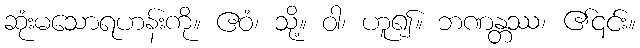
ဆုံးမသောရဟန်းကို။ ဧဝံ၊ သို့။ ဝါ၊ ဟူ၍။ ဘဏန္တဿ၊ ၏၎င်း။